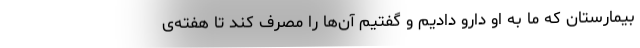
بیمارستان که ما به او دارو دادیم و گفتیم آن‌ها را مصرف کند تا هفته‌ی